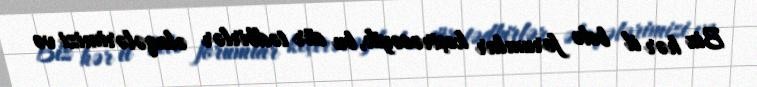
Biz hər il belə forumlar keçirəcəyik, bu cür tədbirlər əlaqələrimizi və